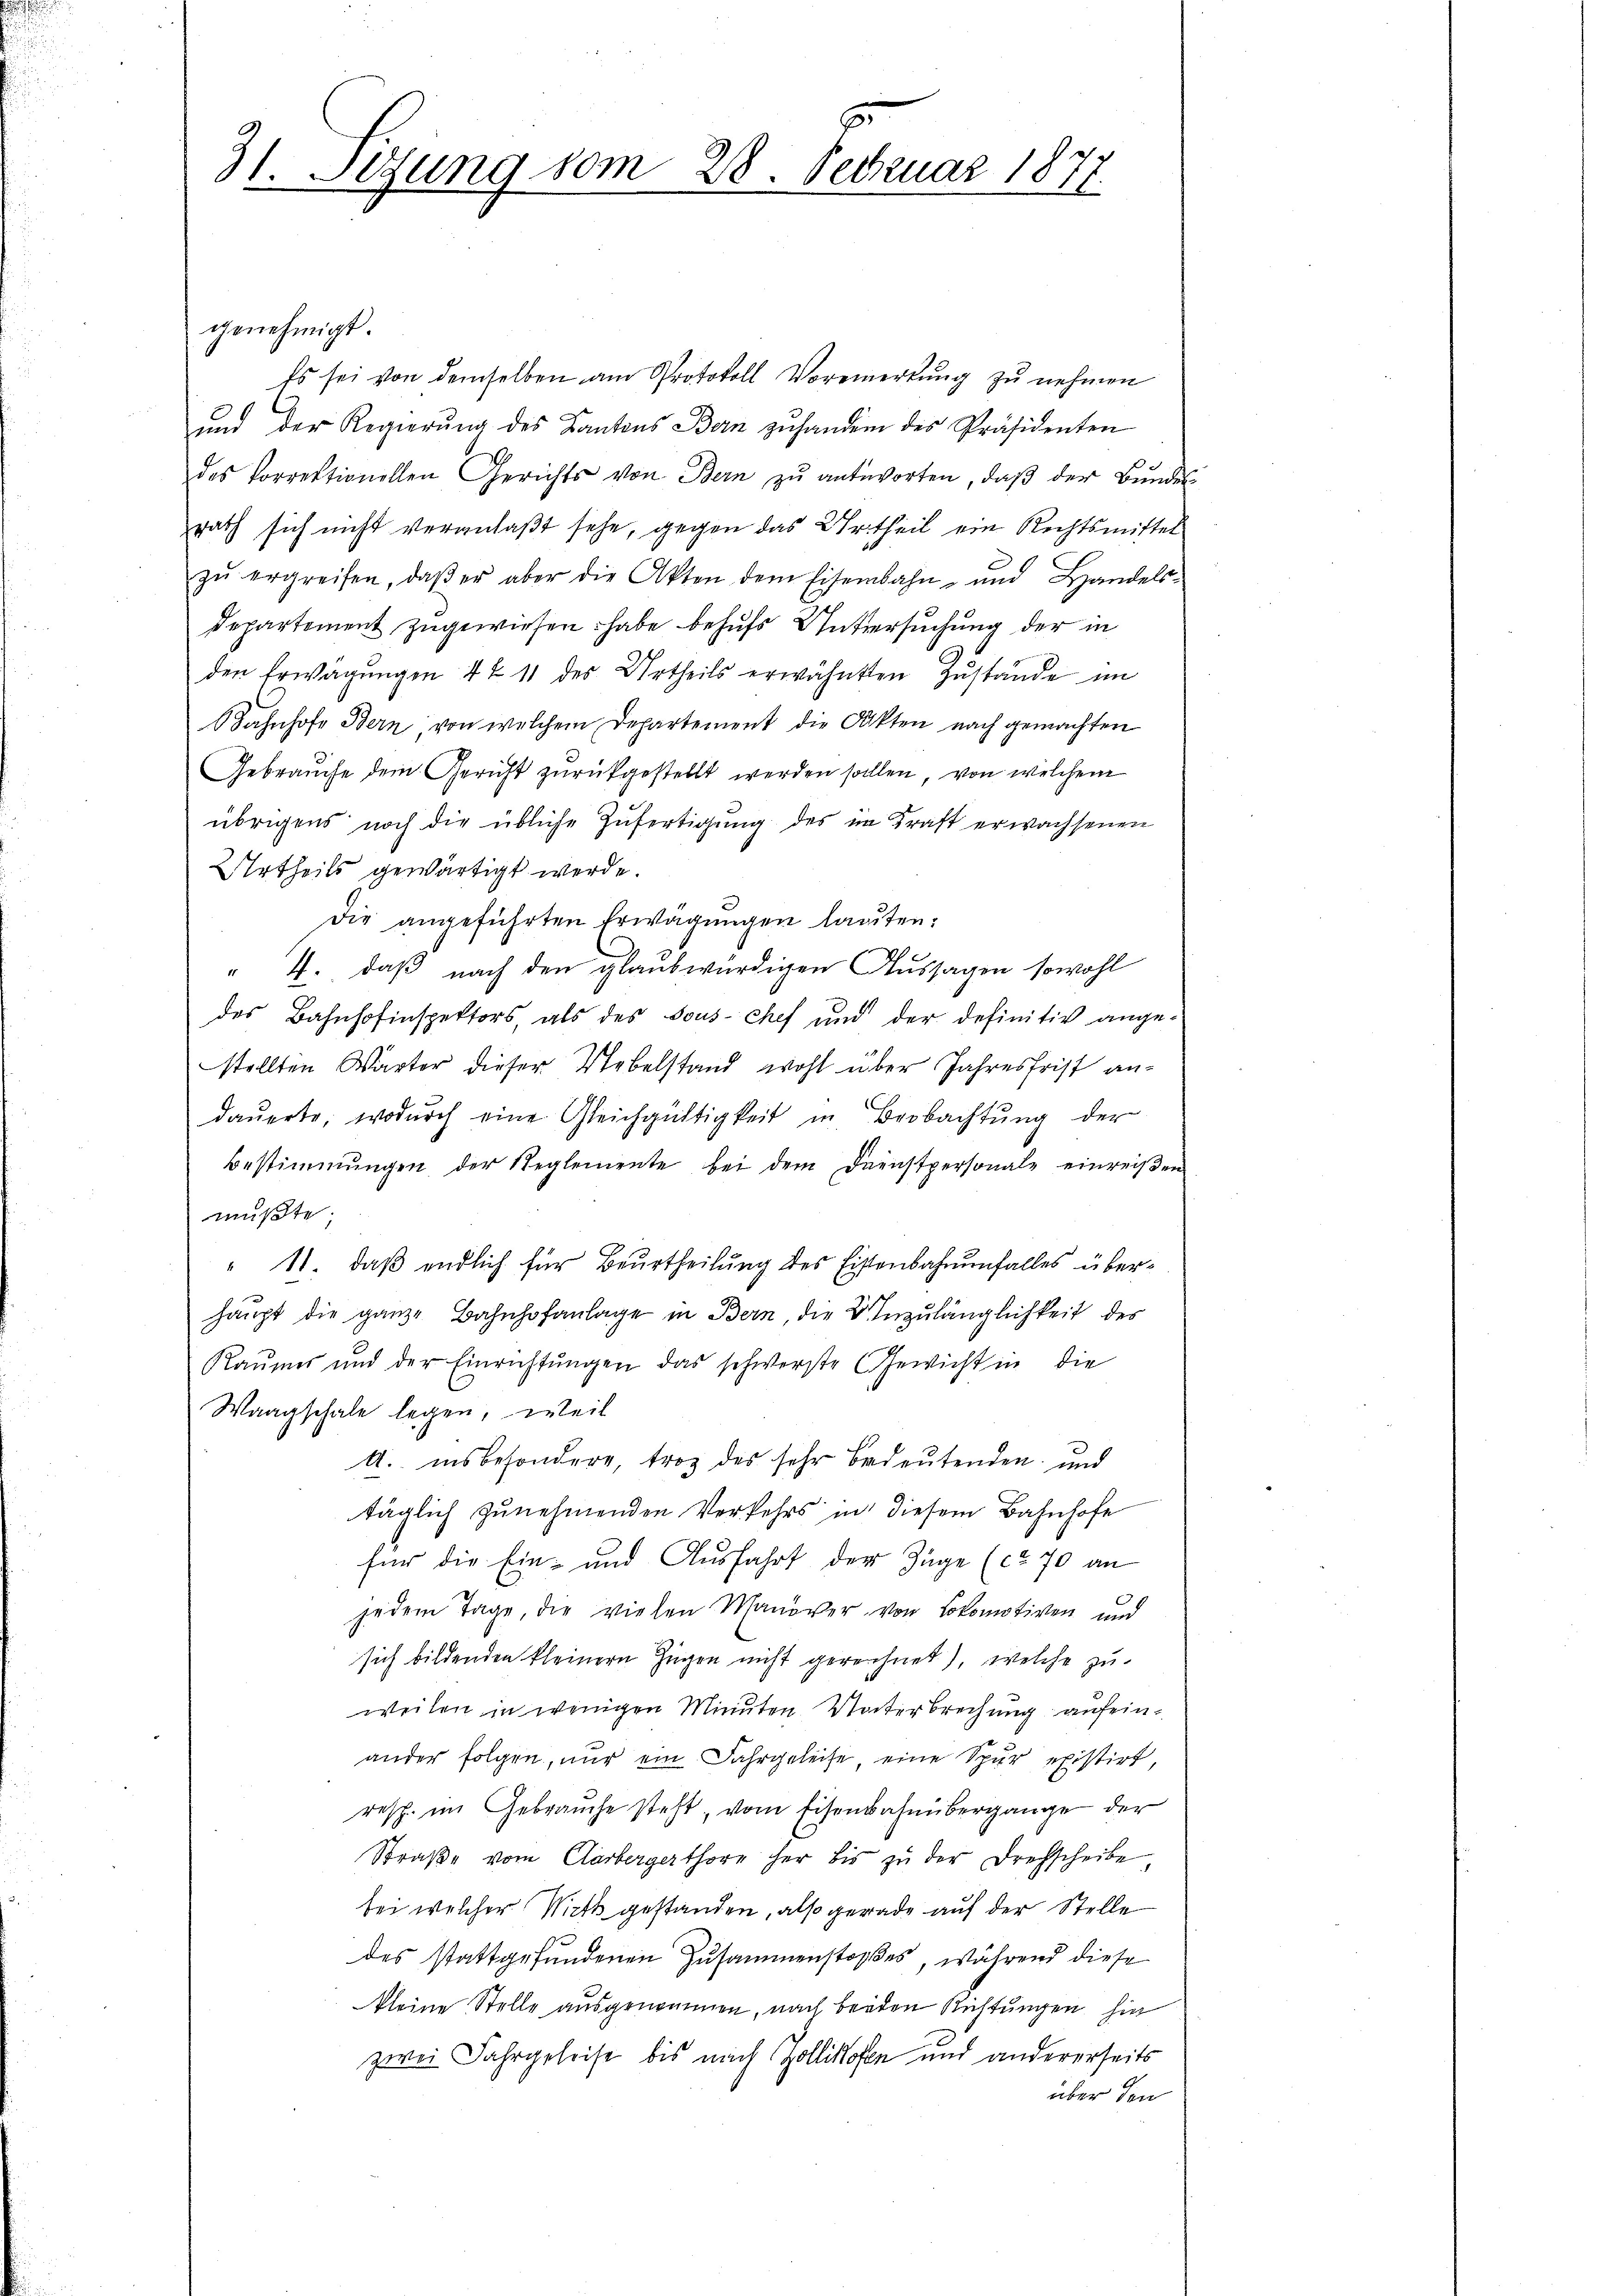
z
31. Sezung vom 28. Februar 1877.

genehmigt.
Es sei von demselben am Protokoll Voreinertŭng zŭ nehmen
und der Regierŭng des Kantons Bern zŭ handern des Präsidenten
des Vorrektionellen Gerichts von Bern zu antworten, daß der Bundes
zrath sich nicht veranlaßt sehe, gegen das Urtheil ein Rechtsmittel
zŭ ergreifen, daβ er aber die Akten dem Eisenbahn- und Handels-
Departement zugewiesen habe behufs Untersuchung der in
den Erwägungen 4 f 11 des Urtheils erwähnten Zustände im
Bahnhofe Bern, von welchem Departement die Akten nach gemachten
Gebrauche dem Gericht zurückgestellt werden sollen, von welchem
übrigens noch die übliche Zufertigung des im Kraft erwachsenen
Urtheils gewärtigt werde.
Die angeführten Erwägŭngen lauten:
" 4. daß nach den glaubwürdigen Aussagen sowohl
des Bahnhofinspektors, als des sous-Chef und der definitiv angestellten Wärter dieser Uebelstand wohl über Jahresfrist andauerte, wodurch eine Gleichgültigkeit in Beobachtung der
Bestimmungen der Reglemente bei dem Dienstpersonale einreißen
mußte;
" 11. daß endlich für Beurtheilung des Eisenbahnenfalles überhaupt die ganze Bahnhofanlage in Bern, die Unzulänglichkeit des
Raumes und der Einrichtungen das schwerste Gewicht in die
Waagschale legen, weil
A. insbesondere, trotz des sehr bedeutenden und
täglich zunehmenden Verkehrs in diesem Bahnhofe
für die Ein- und Ausfahrt der Züge (ca 70 an
jedem Tage, die vielen Manöver von Lokomotiven und
sich bildenden kleinern Zügen nicht gereichnet), welche zu
weilen in wenigen Minuten Unterbrechung aufeinander folgen, nur ein Jahrgeleise, eine Spur existirt,
resp. im Gebrauche steht, vom Eisenbahnübergange der
Straße vom Clarbergerthore her bis zu der Drehscheibe
bei welcher Wicht gestanden, also gerade auf der Stelle
des stattgefundenen Zusammenstoßes, während diese
kleine Stelle ausgenommen, nach beiden Richtungen hie
zwei Jahrgeleise bis nach Zollikofen und andererseits
über den